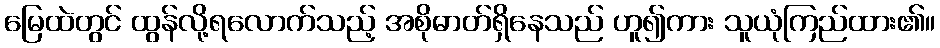
မြေထဲတွင် ထွန်လို့ရလောက်သည့် အစိုဓာတ်ရှိနေသည် ဟူ၍ကား သူယုံကြည်ထား၏။